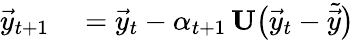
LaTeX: \begin{array}{rl}{\vec{y}_{t+1}}&{{}=\vec{y}_{t}-\alpha_{t+1}\, \mathbf{U}\big(\vec{y}_{t}-\tilde{\vec{y}}\big)}\end{array}